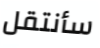
سأنتقل